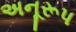
અનૂરૂપ